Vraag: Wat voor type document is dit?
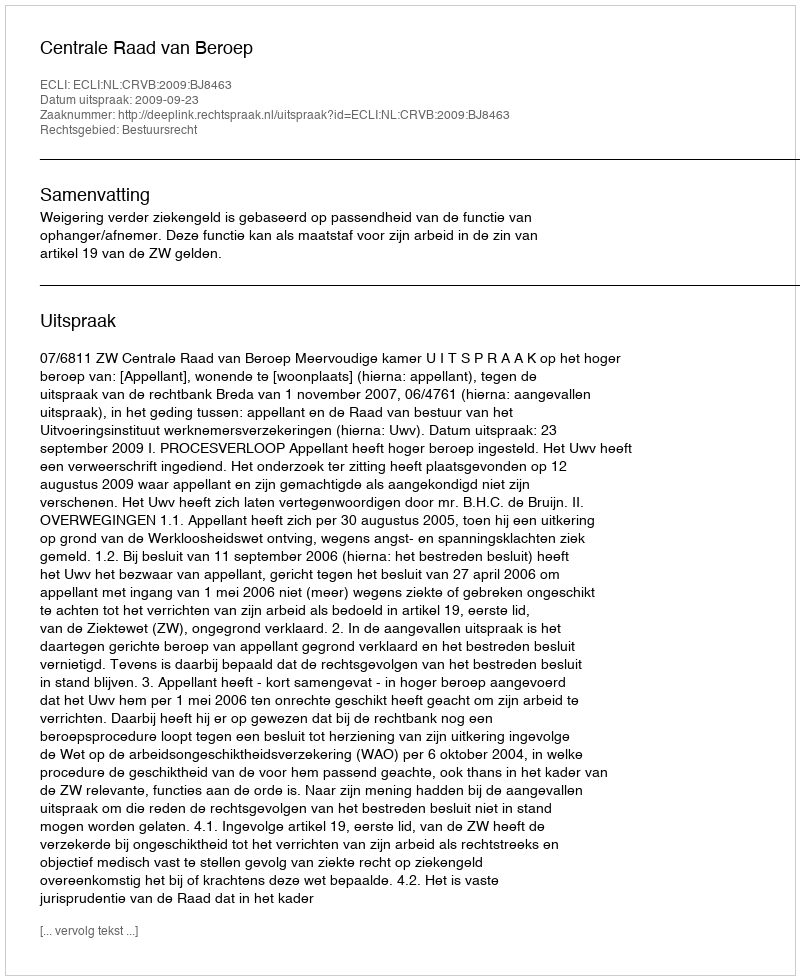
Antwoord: Uitspraak